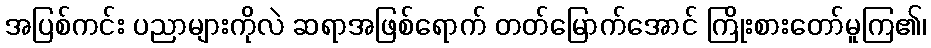
အပြစ်ကင်း ပညာများကိုလဲ ဆရာအဖြစ်ရောက် တတ်မြောက်အောင် ကြိုးစားတော်မူကြ၏၊